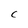
Character: C